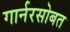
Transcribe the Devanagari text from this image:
गार्नरसोबत